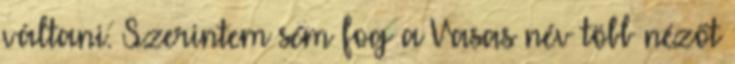
váltani. Szerintem sem fog a Vasas név több nézőt